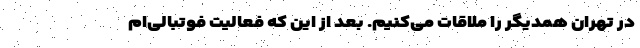
در تهران همدیگر را ملاقات می‌کنیم. بعد از این که فعالیت فوتبالی‌ام